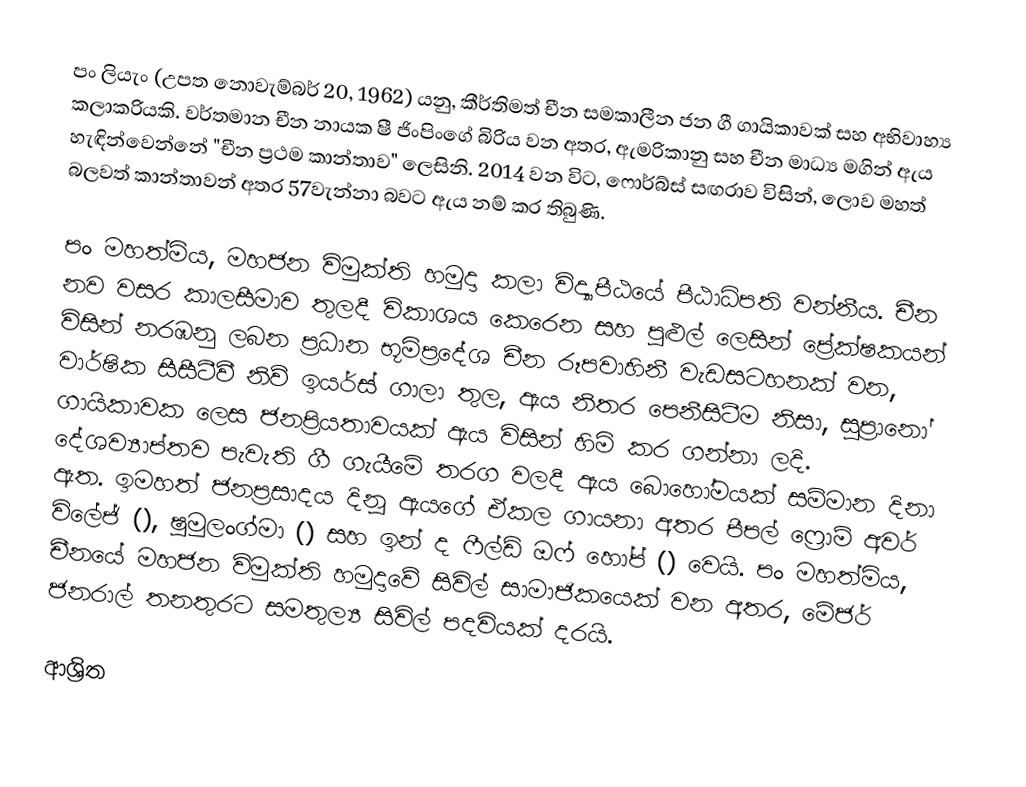
පං ලියැං (උපත නොවැම්බර් 20, 1962) යනු,  කීර්තිමත් චීන සමකාලීන  ජන ගී ගායිකාවක් සහ  අභිවාහ්‍ය කලාකරියකි. වර්තමාන චීන නායක ෂී ජිංපිංගේ බිරිය වන අතර, ඇමරිකානු සහ චීන මාධ්‍ය මගින් ඇය හැඳින්වෙන්නේ "චීන ප්‍රථම කාන්තාව" ලෙසිනි.  2014 වන විට, ෆොර්බ්ස් සඟරාව විසින්, ලොව මහත් බලවත් කාන්තාවන් අතර 57වැන්නා බවට ඇය නම් කර තිබුණි.

පං මහත්මිය,   මහජන විමුක්ති හමුදා කලා විද්‍යාපීඨයේ පීඨාධිපති වන්නීය. චීන නව වසර කාලසීමාව තුලදී විකාශය කෙරෙන සහ පුළුල් ලෙසින් ප්‍රේක්ෂකයන් විසින් නරඹනු ලබන ප්‍රධාන භූමිප්‍රදේශ චීන රූපවාහිනී වැඩසටහනක් වන, වාර්ෂික සීසීටීවී නිව් ඉයර්ස් ගාලා තුල,  ඇය නිතර පෙනීසිටීම නිසා,   සුප්‍රානෝ ගායිකාවක ලෙස ජනප්‍රියතාවයක් ඇය විසින් හිමි කර ගන්නා ලදි. දේශව්‍යාප්තව පැවැති ගී ගැයීමේ තරග වලදී ඇය බොහෝමයක් සම්මාන දිනා ඇත.  ඉමහත් ජනප්‍රසාදය දිනූ ඇයගේ ඒකල ගායනා අතර පීපල් ෆ්‍රොම් අවර් විලේජ් (), ෂුමුලංග්මා () සහ ඉන් ද ෆීල්ඩ් ඔෆ් හෝප් () වෙයි.  පං මහත්මිය, චීනයේ මහජන විමුක්ති හමුදාවේ සිවිල් සාමාජිකයෙක් වන අතර,  මේජර් ජනරාල් තනතුරට සමතුල්‍ය සිවිල් පදවියක් දරයි.

ආශ්‍රිත